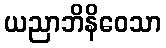
ယညာဘိနိဝေသာ